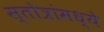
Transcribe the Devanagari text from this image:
स्तोत्रांमध्ये